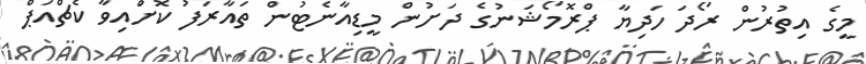
މީގެ އިތުރުން ރޯދަ ހަދިޔާ ޕްރޮމޯޝަނުގެ ދަށުން މީޑިއާނެޓުން ތައާރަފު ކޮށްައިވާ ކެޗްއަޕް